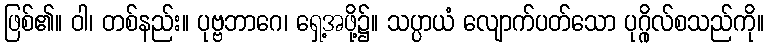
ဖြစ်၏။ ဝါ၊ တစ်နည်း။ ပုဗ္ဗဘာဂေ၊ ရှေ့အဖို့၌။ သပ္ပာယံ လျောက်ပတ်သော ပုဂ္ဂိုလ်စသည်ကို။